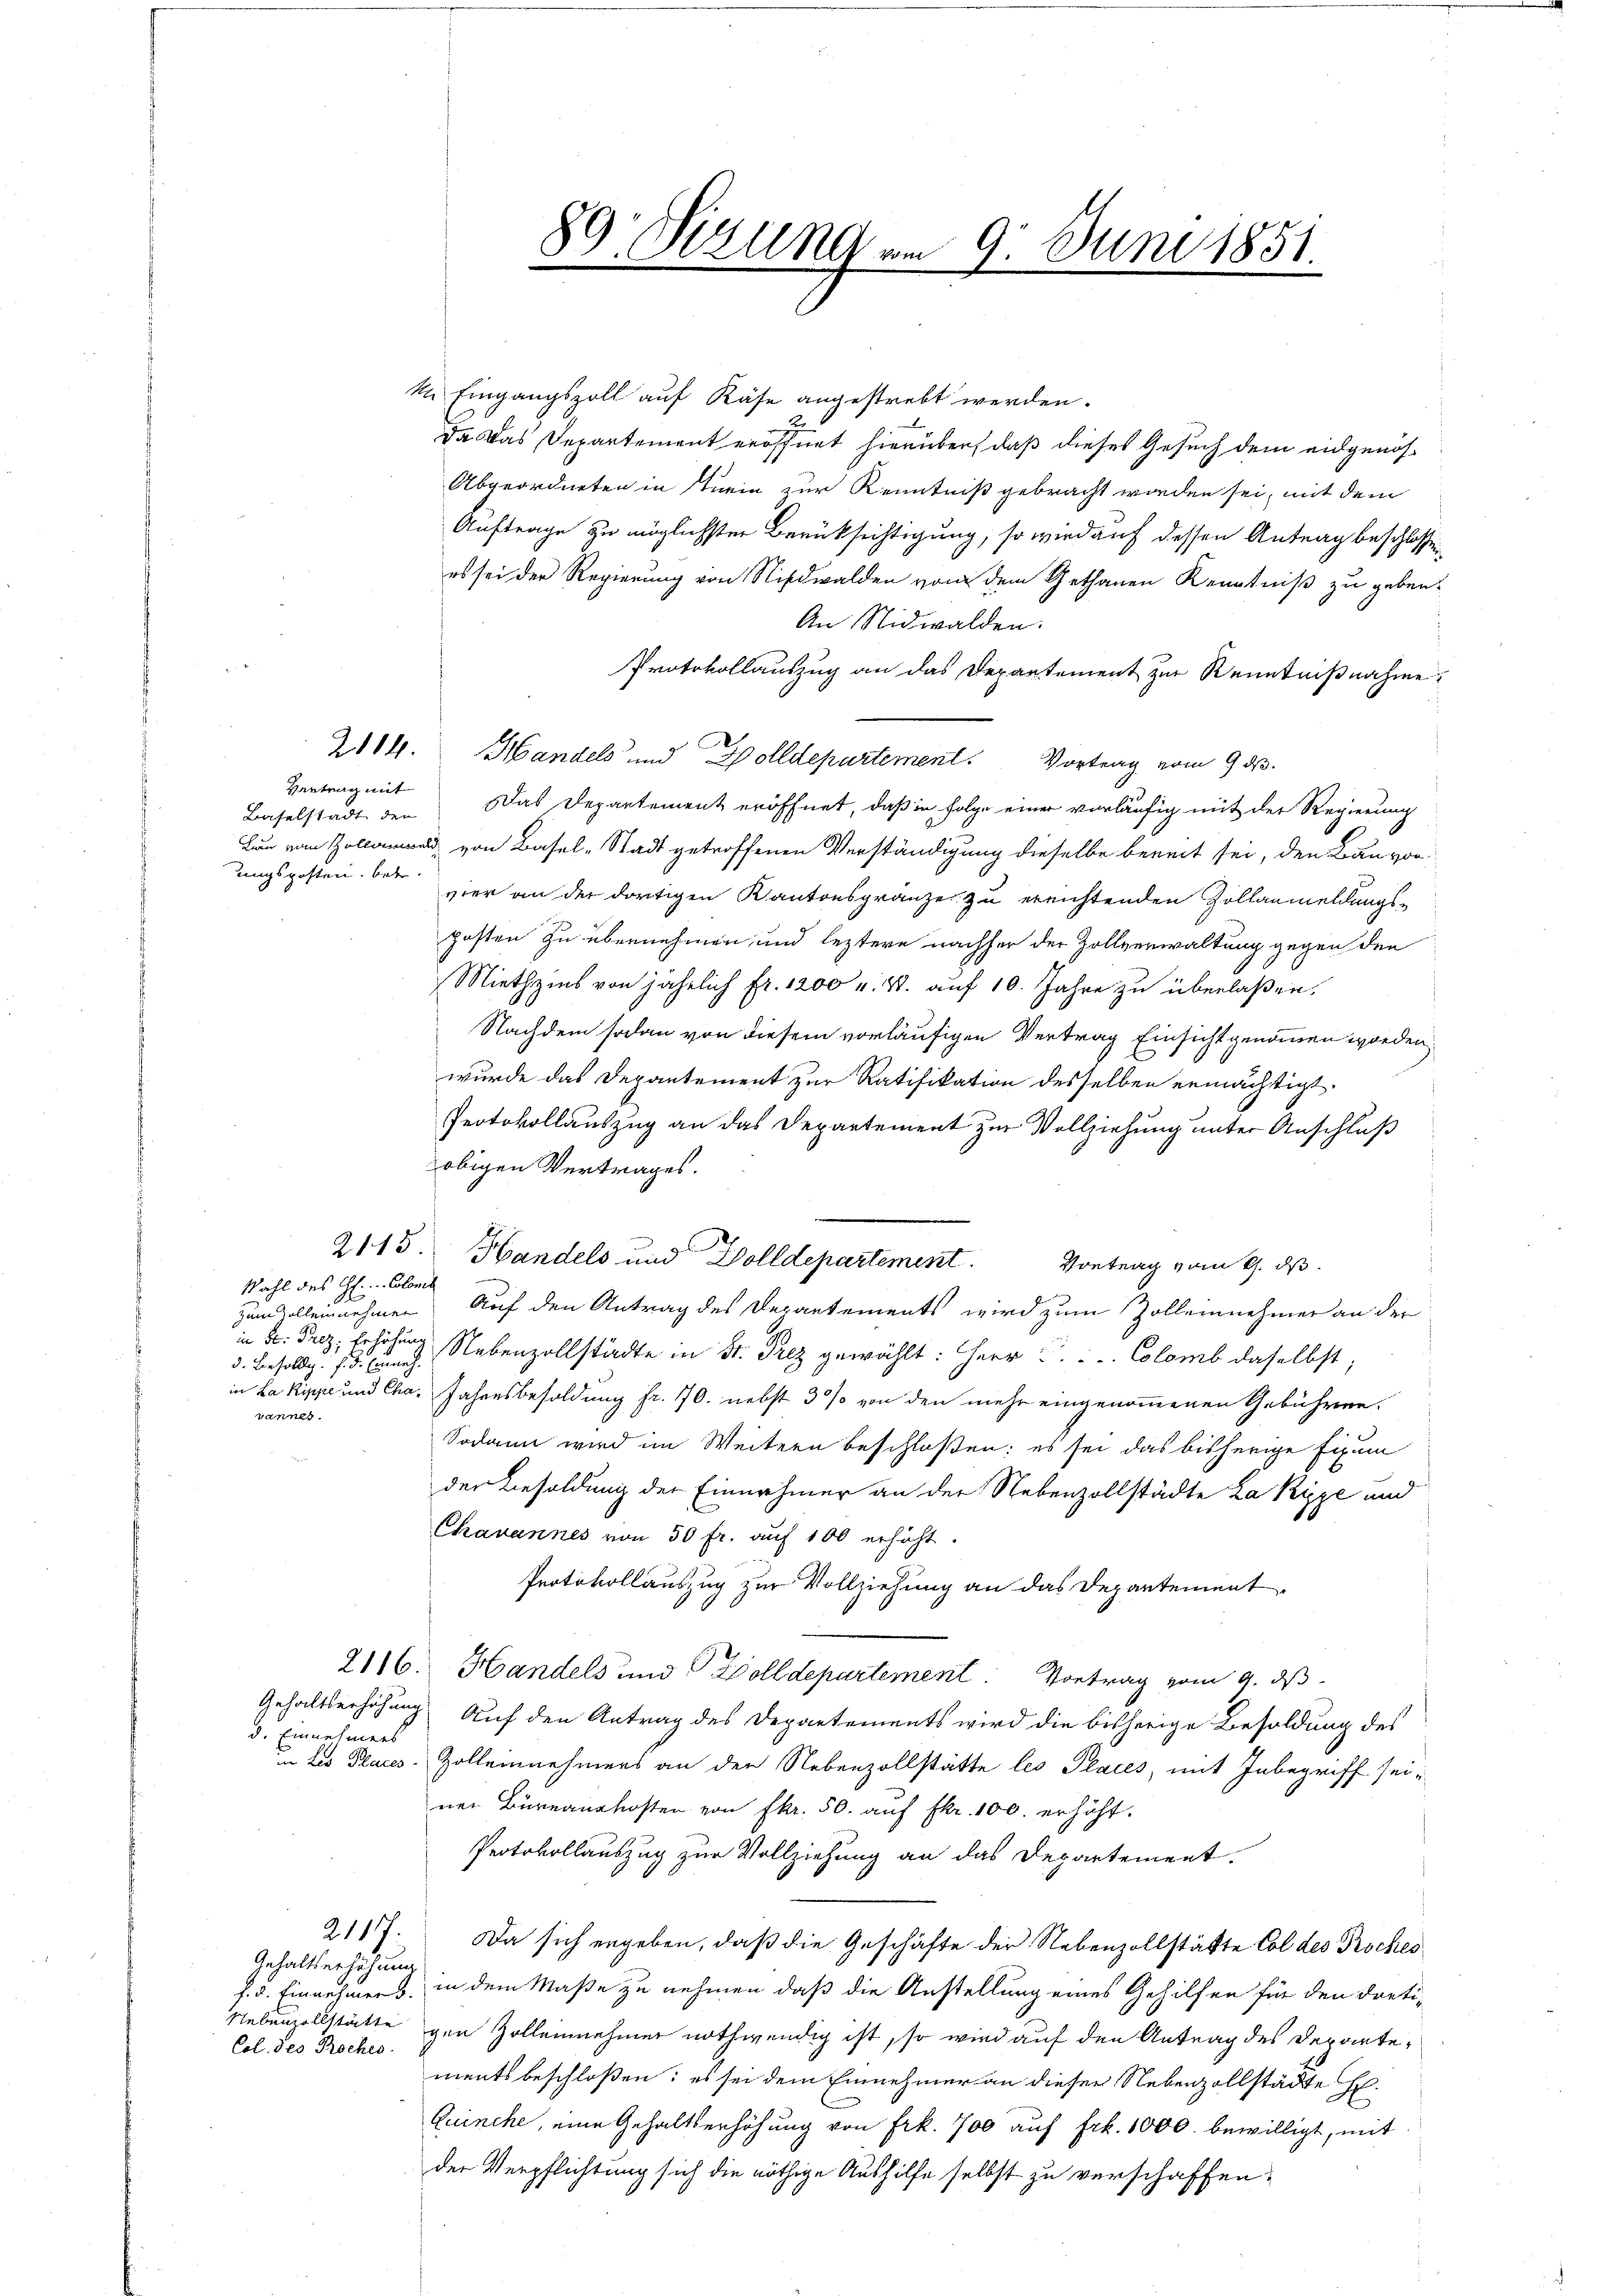
Baselstadt den
ungsposten. Betr

d. Besoldig. f. d. Einnahvannes.

d. Einnehmers

Gehaltserhöhung
Col. des Proches.

In Eingangszoll auf Käse angestrebt werden.
rung
Da das Departement eröffnet hierüber, daß dieses Gesuch dem eidgenös¬
Abgeordneten in Turin zur Kenntniß gebracht worden sei, mit dem
Auftrage zu möglichster Berüksichtigung, so wird auf dessen Antrag beschlossen
es sei der Regierung von Nidwalden von dem Gethanen Kenntniß zu geben.
An Nidwalden.
Protokollauszug an das Departement zur Kenntnißnahme,
2114. Handels und Dolldepartement. Vortrag vom 9. ds.
Vertrag mit Das Departement eröffnet, daß in Folge einer vorläufig mit der Regierung
Lun von Zoll von Basel-Stadt getroffenen Verständigung dieselbe bereit sei, den Bauvorvier an der dortigen Kantonsgränze zu errichtenden Zollanmeldungsposten zu übernehmen und leztere nachher der Zollverwaltung gegen den
Miethzins von jährlich Fr. 1200 u. k. auf 10. Jahre zu überlaßen.
Nachdem sodann von diesem vorläufigen Vertrag Einsicht genommen worden
wurde das Depantement zur Ratifikation desselben ermächtigt.
Protokollauszug an das Departement zur Vollziehung unter Anschluß
obigen Vertrages.
Wahl des H. Colonis
zumvalleinnehmen Auf den Antrag des Departements wird zum Zolleinnehmer an der
in St. Proz. Erlösung Nebenzollstädte in St. Prez gewählt: Herr u. Colomb daselbst;
in Lakippe und Cha. Jahresbesoldung fr. 70. nebst 5% von den mehr eingenommenen Gebühren,
Sodann wird im Weitern beschloßen; es sei das bisherige Fixpum
der Besoldung der Einnahmer an der Nebenzollstädte La Kyze und
Chavannes von 50 fr. auf 100 erhöht.
Protokollauszug zur Vollziehung an das Departement
2116. Handels und Wolldepartement. Vortrag vom 9. ds
Gehaltserhöhung. Auf den Antrag des Departements wird die bisherige Besoldung des
 des Places. Zolleinnehmers an den Nebenzollstätte les Places, mit Inbegriff seiner Bureanakosten von fkr. 50. aŭf Fr. 100. erhöht.
Protokollauszug zur Vollziehung an das Departement.
2117. Da sich ergeben, daß die Geschäfte der Nebenzollstätte Col des Proches
f. d. Einnehmers in dem Maße zu nehmen, daß die Anstellung eines Gehilfen für den dreti¬
Nebenzollstätte gen Zollenehmer nothwendig ist, so wird auf den Antrag des Departements beschloßen: es sei dem Einnehmer an dieser Nebenzollstädte He¬
Quinche, eine Gehaltserhöhung von Frk. 700 auf Frk. 1000. bewilligt, mit
der Verpflichtung sich die nöthige Aushilfe selbst zu verschaffen:

89. Sizung am 9. Juni 1851.

2113. Handels und Dolldepartement. Vortrag vom 21. ds.